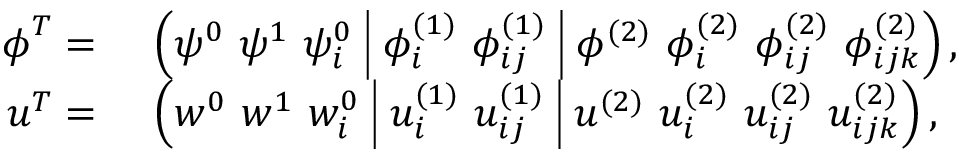
\begin{array} { r l } { \boldsymbol { \phi } ^ { T } = } & { \ \left( \psi ^ { 0 } \ \psi ^ { 1 } \ \psi _ { i } ^ { 0 } \ \vline \ \phi _ { i } ^ { ( 1 ) } \ \phi _ { i j } ^ { ( 1 ) } \ \vline \ \phi ^ { ( 2 ) } \ \phi _ { i } ^ { ( 2 ) } \ \phi _ { i j } ^ { ( 2 ) } \ \phi _ { i j k } ^ { ( 2 ) } \right) , } \\ { \boldsymbol { u } ^ { T } = } & { \ \left( w ^ { 0 } \ w ^ { 1 } \ w _ { i } ^ { 0 } \ \vline \ u _ { i } ^ { ( 1 ) } \ u _ { i j } ^ { ( 1 ) } \ \vline \ u ^ { ( 2 ) } \ u _ { i } ^ { ( 2 ) } \ u _ { i j } ^ { ( 2 ) } \ u _ { i j k } ^ { ( 2 ) } \right) , } \end{array}